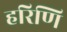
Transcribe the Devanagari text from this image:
हरिणि